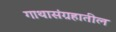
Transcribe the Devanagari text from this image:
गाथासंग्रहातील